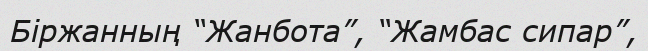
Біржанның “Жанбота”, “Жамбас сипар”,